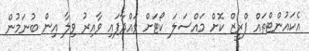
އެކައުންޓްތައް ފްރީޒް ކޮށް މައްސަލަ ކޯޓަށް ވައްދާފައި ވާއިރު ވިލާ އިން ބުނަމުން